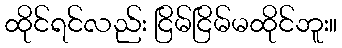
ထိုင်ရင်လည်း ငြိမ်ငြိမ်မထိုင်ဘူး။